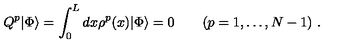
Q ^ { p } | \Phi \rangle = \int _ { 0 } ^ { L } d x \rho ^ { p } ( x ) | \Phi \rangle = 0 \quad \quad ( p = 1 , \ldots , N - 1 ) \ .